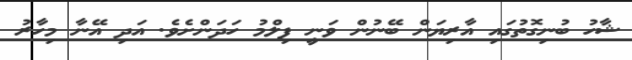
ޝާހު ބުނިގޮތުގައި އާރިޔަން ބޭނުން ވަނީ ފިލްމު ހަދަންށެވެ. އަދި އޭނާ މިހާރު